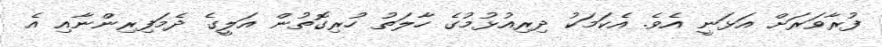
ފުރާވަރަށް އަޅަނީ އެވެ. އެކަމަކު ދިރިއުޅުމުގެ ހާލަތު ހުރިގޮތުން އަލީގެ ދެމަފިރިންނާއި އެ